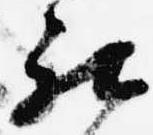
被